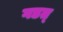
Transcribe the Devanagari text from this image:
गडत्